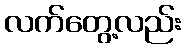
လက်တွေ့လည်း